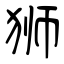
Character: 狮